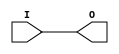
module IBUF_LVCMOS2 (O, I);

    output O;

    input  I;

	buf B1 (O, I);


endmodule